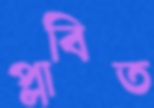
প্লাবিত